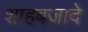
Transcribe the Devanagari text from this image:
शाहबजादे